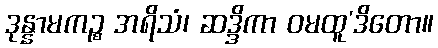
ဒုန္နာမကဉ္စ အရိသံ၊ ဆဒ္ဒိကာ ဝမထူ’ဒိတော။